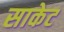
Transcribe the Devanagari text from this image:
साकेट